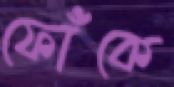
ফোঁকে